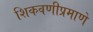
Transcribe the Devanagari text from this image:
शिकवणीप्रमाणे